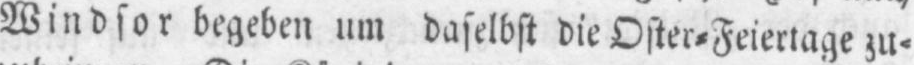
Windsor begeben um daselbst die Oster⸗Feiertage zu⸗